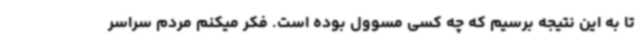
تا به این نتیجه برسیم که چه کسی مسوول بوده است. فکر میکنم مردم سراسر